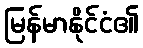
မြန်မာနိုင်ငံ၏